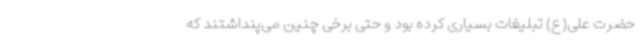
حضرت علی(ع) تبلیغات بسیاری کرده بود و حتی برخی چنین می‌پنداشتند که